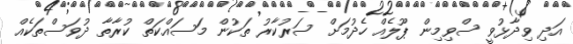
އަދި ވިދާޅުވީ ސްވިމިން ޕޫލެއް ހެދުމަށް ސަރުކާރު ތަކުން މަަސައްކަތް ކުރާތާ ދުވަސްތަކެއް